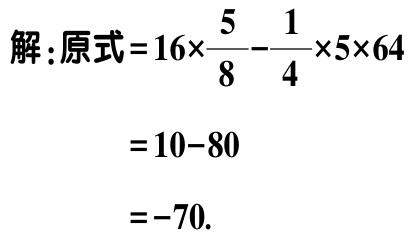
解：原式\(=16\times\frac{5}{8}-\frac{1}{4}\times5\times64\)

\(=10 - 80\)

\(=-70\)